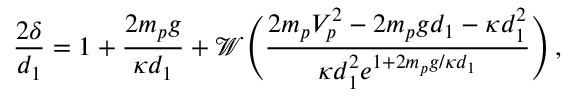
\frac { 2 \delta } { d _ { 1 } } = 1 + \frac { 2 m _ { p } g } { \kappa d _ { 1 } } + \mathcal { W } \Bigg ( \frac { 2 m _ { p } V _ { p } ^ { 2 } - 2 m _ { p } g d _ { 1 } - \kappa d _ { 1 } ^ { 2 } } { \kappa d _ { 1 } ^ { 2 } e ^ { 1 + 2 m _ { p } g / \kappa d _ { 1 } } } \Bigg ) \, ,